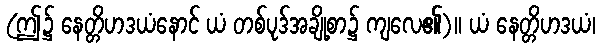
(ဤ၌ နေတ္တိဟဒယံနောင် ယံ တစ်ပုဒ်အချို့စာ၌ ကျလေ၏)။ ယံ နေတ္တိဟဒယံ၊